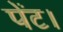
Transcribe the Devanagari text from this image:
पेंट।